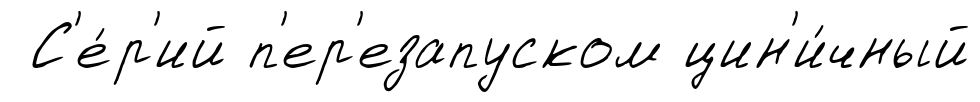
С'е́р'ий п'ер'езапуском цин'и́чный